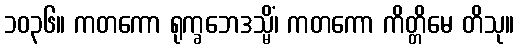
၁၀၃၆။ ကတကော ရုက္ခဘေဒသ္မိံ၊ ကတကော ကိတ္တိမေ တိသု။